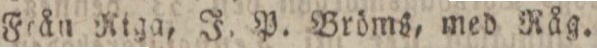
Från Riga, J. P. Bröms, med Råg.